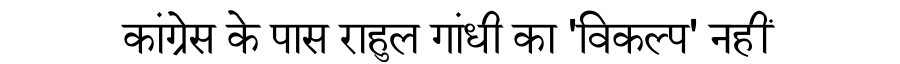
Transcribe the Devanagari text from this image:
कांग्रेस के पास राहुल गांधी का 'विकल्प' नहीं